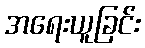
အရေးယူခြင်း